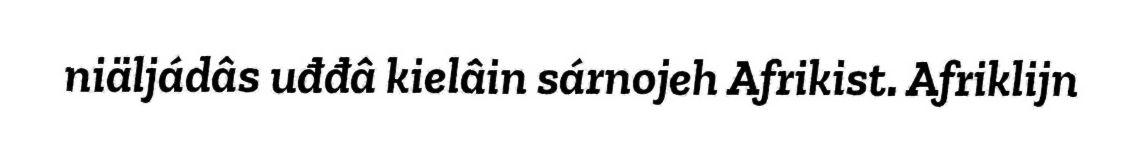
niäljádâs uđđâ kielâin sárnojeh Afrikist. Afriklijn